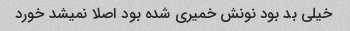
خیلی بد بود نونش خمیری شده بود اصلا نمیشد خورد